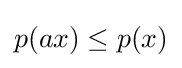
p(ax)\leq p(x)